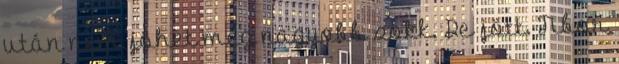
után nem jöhet még nagyobb sokk. De jött. Tibor